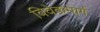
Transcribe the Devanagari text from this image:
विवेकमार्ग